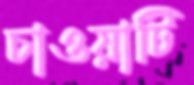
চাওয়াটি